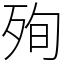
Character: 殉